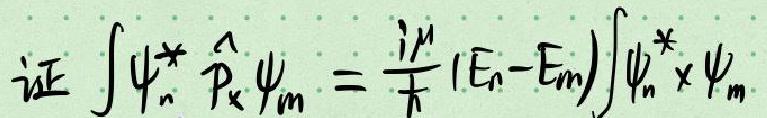
证 $\int \psi_{n}^{*} \hat{p}_{x} \psi_{m}=\frac{i \mu}{\hbar}(E_{n}-E_{m}) \int \psi_{n}^{*} x \psi_{m}$